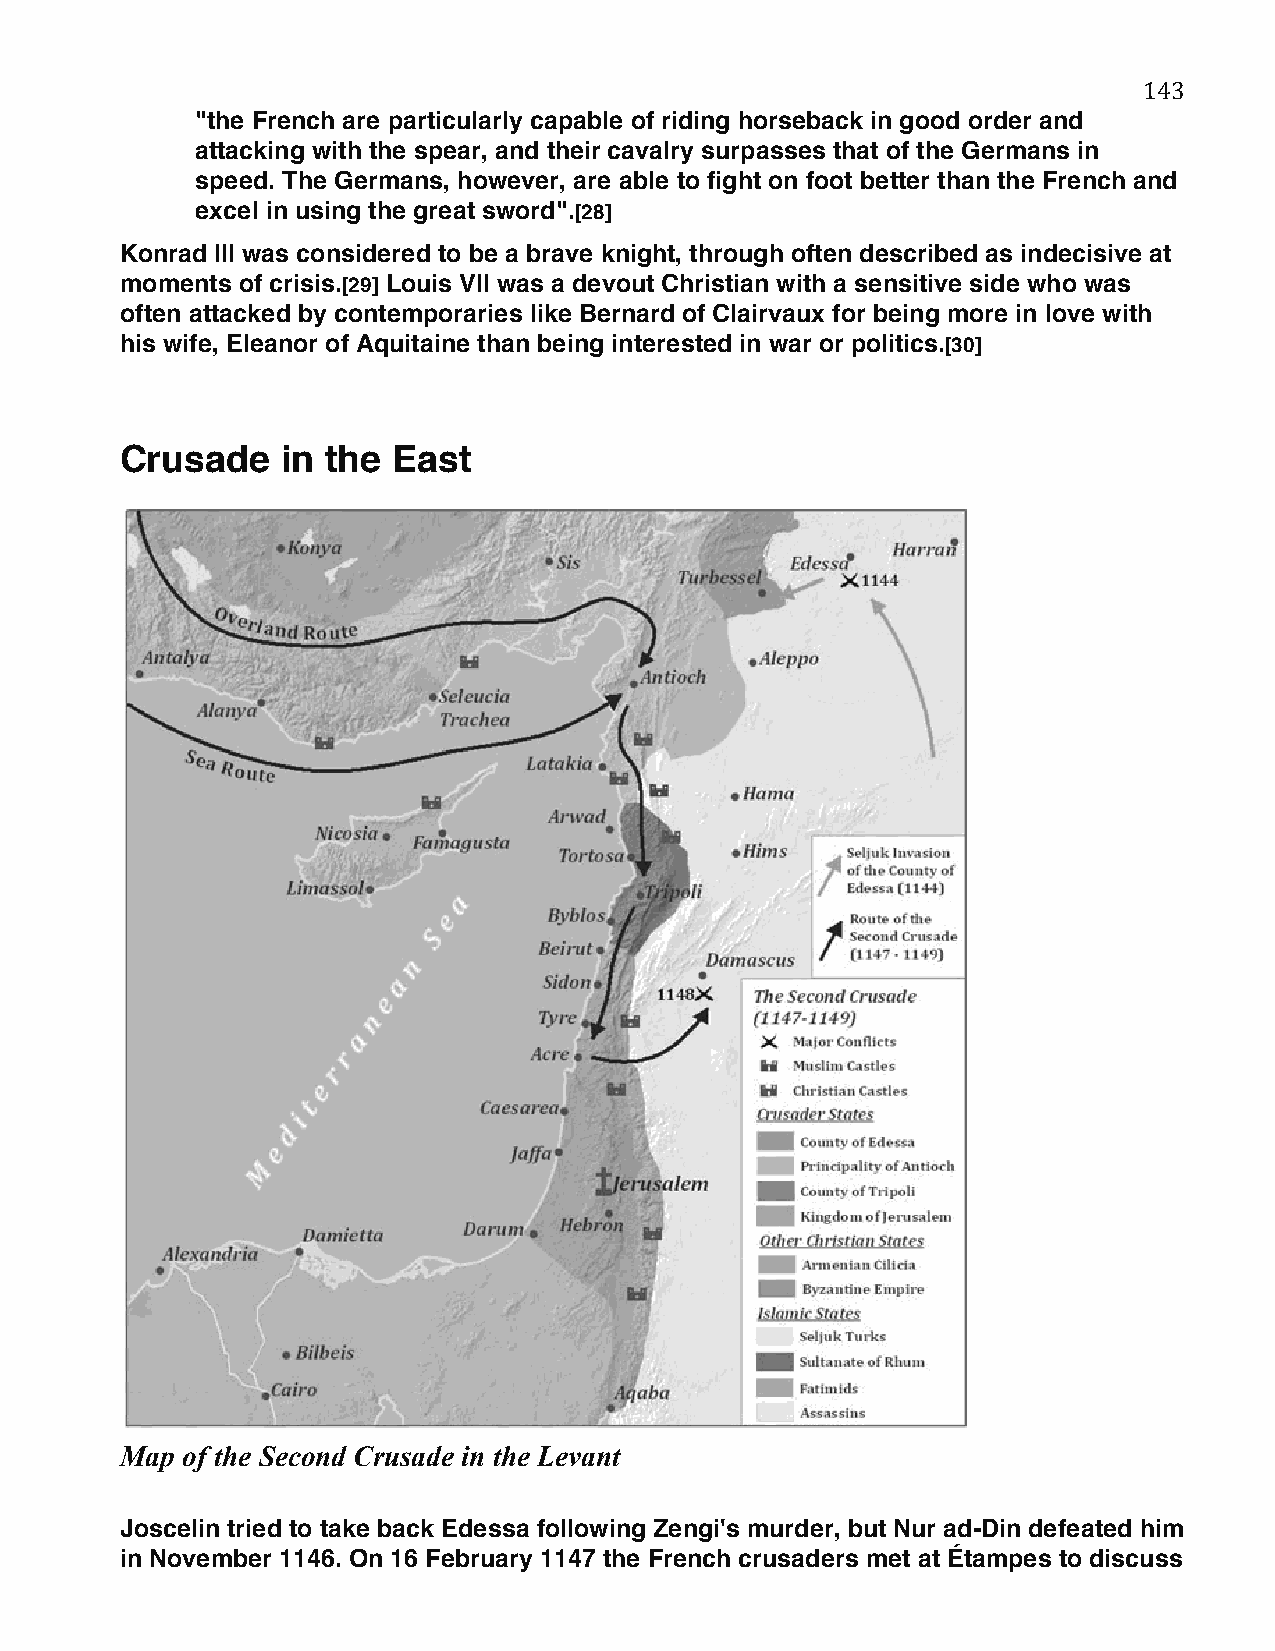
143
 "the French are particularly capable of riding horseback in good order and
 attacking with the spear, and their cavalry surpasses that of the Germans in
 speed. The Germans, however, are able to fight on foot better than the French and
 excel in using the great sword".[28]
 Konrad III was considered to be a brave knight, through often described as indecisive at
 moments of crisis.[29] Louis VII was a devout Christian with a sensitive side who was
 often attacked by contemporaries like Bernard of Clairvaux for being more in love with
 his wife, Eleanor of Aquitaine than being interested in war or politics.[30]
 Crusade    in the East
 Map of the Second Crusade in the Levant
 Joscelin tried to take back Edessa following Zengi's murder, but Nur ad-Din defeated him
 in November 1146. On 16 February 1147 the French crusaders met at Étampes to discuss